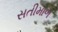
સતીમાળ